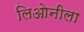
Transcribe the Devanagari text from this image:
लिओनीला